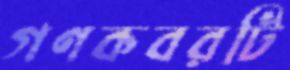
গণকবরটি